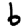
Digit: 6